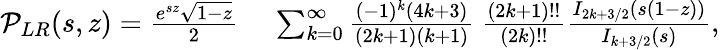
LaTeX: \begin{array}{rl}{{\cal P}_{LR}(s,z)=\frac{e^{sz}\sqrt{1-z}}{2}\, }&{{}\sum_{k=0}^{\infty}\frac{(-1)^{k}(4k+3)}{(2k+1)(k+1)}~\frac{(2k+1)!!}{(2k)!!}\frac{I_{2k+3/2}(s(1-z))}{I_{k+3/2}(s)},}\end{array}